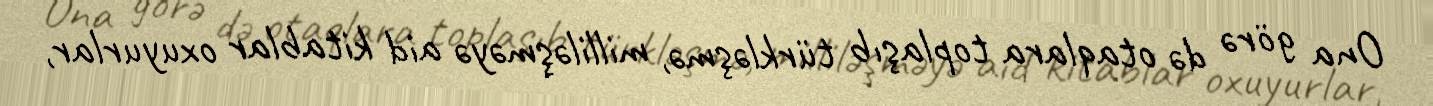
Ona görə də otaqlara toplaşıb türkləşmə, milliləşməyə aid kitablar oxuyurlar,